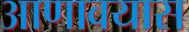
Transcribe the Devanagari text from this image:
आणावयास